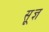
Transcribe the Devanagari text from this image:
सू़ज्ञ